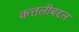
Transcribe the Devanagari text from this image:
कत्तलीबद्दल